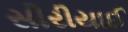
સીરીયાઈ